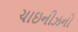
ચાઇનીઝનો